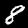
Digit: 8